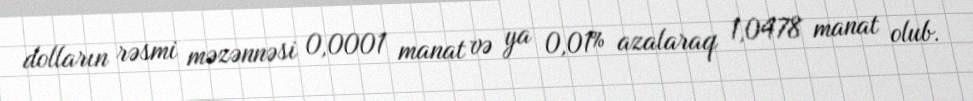
dolların rəsmi məzənnəsi 0,0001 manat və ya 0,01% azalaraq 1,0478 manat olub.